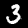
Digit: 3